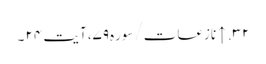
۳۲. ↑ نازعات/سوره۷۹، آیت ۲۴ ۔